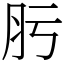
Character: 肟